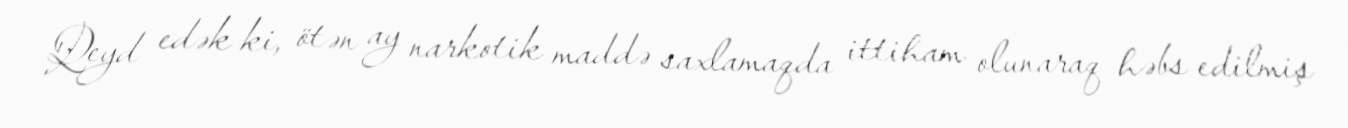
Qeyd edək ki, ötən ay narkotik maddə saxlamaqda ittiham olunaraq həbs edilmiş